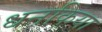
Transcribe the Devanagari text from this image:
धनकिया